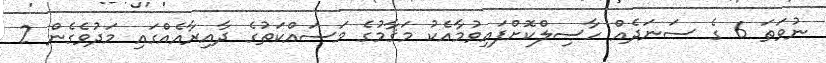
ނުވަތަ 6 ގެ ސަނަދެއް ހާސިލްކޮށްފައިވުމާއެކު މަޤާމުގެ މަސައްކަތުގެ ދާއިރާއެއްގައި މަދުވެގެން 2